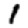
Digit: 1